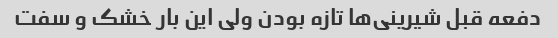
دفعه قبل شیرینی‌ها تازه بودن ولی این بار خشک و سفت